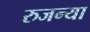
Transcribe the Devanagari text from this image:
रुजन्या